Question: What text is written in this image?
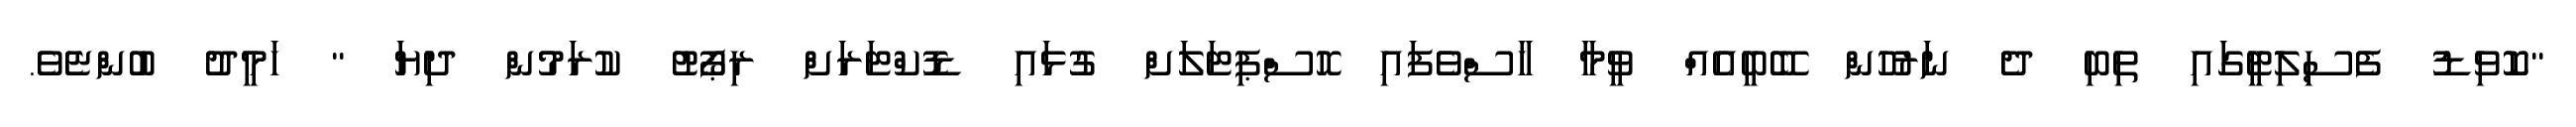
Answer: "ކޮވިޑު ފެސިލިޓީގައި ތިބި ދެ ނަރުހުން ބޭބީއެއް ވީމާ ހާސްވެފައި ހޮސްޕިޓަލަށް ގުޅައި ޑޮކްޓަރަށް ރިޕޯޓު ކުރަމުން ދިޔަ " ހަމީދު ބުންޏެވެ.